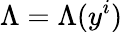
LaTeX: \Lambda=\Lambda(y^{i})